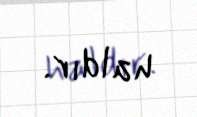
haldır.